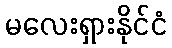
မလေးရှားနိုင်ငံ